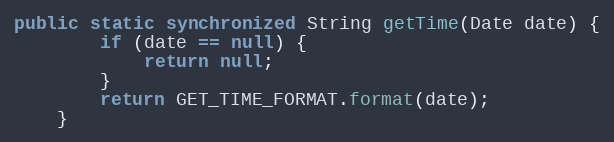
Language: Java
public static synchronized String getTime(Date date) {
		if (date == null) {
			return null;
		}
		return GET_TIME_FORMAT.format(date);
	}